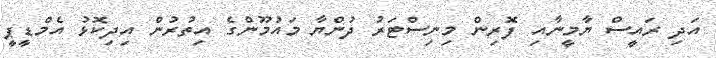
އަދި ރައީސް ޔާމީނާއި ފޮރިން މިނިސްޓަރު ދުންޔާ މައުމޫންގެ އިތުރުން އިދިކޮޅު އެމްޑީޕީ